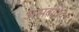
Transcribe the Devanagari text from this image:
असंबधिद